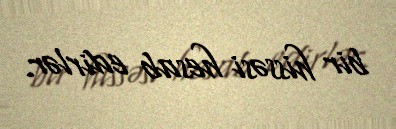
bir hissəsi hesab edirlər.